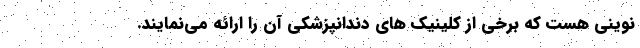
نوینی هست که برخی از کلینیک های دندانپزشکی آن را ارائه می‌نمایند.